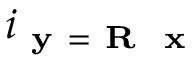
i _ { \textbf { y } = \textbf { R } \textbf { x } }